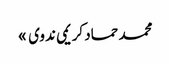
محمد حماد کریمی ندوی »